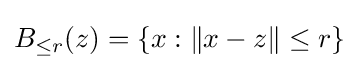
B_{\leq r}(z)=\{x:\|x-z\|\leq r\}